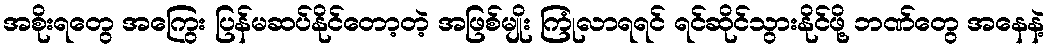
အစိုးရတွေ အကြွေး ပြန်မဆပ်နိုင်တော့တဲ့ အဖြစ်မျိုး ကြုံလာရရင် ရင်ဆိုင်သွားနိုင်ဖို့ ဘဏ်တွေ အနေနဲ့